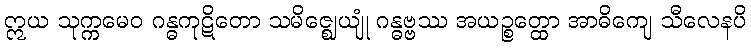
ဣယ သုက္ကမေဝ ဂန္ဓကုဋိတော သမိဇ္ဈေယျုံ ဂန္ဓဗ္ဗဿ အယဉ္စတ္ထော အာဓိကျေ သီလေနပိ